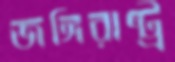
জঙ্গিরাষ্ট্র